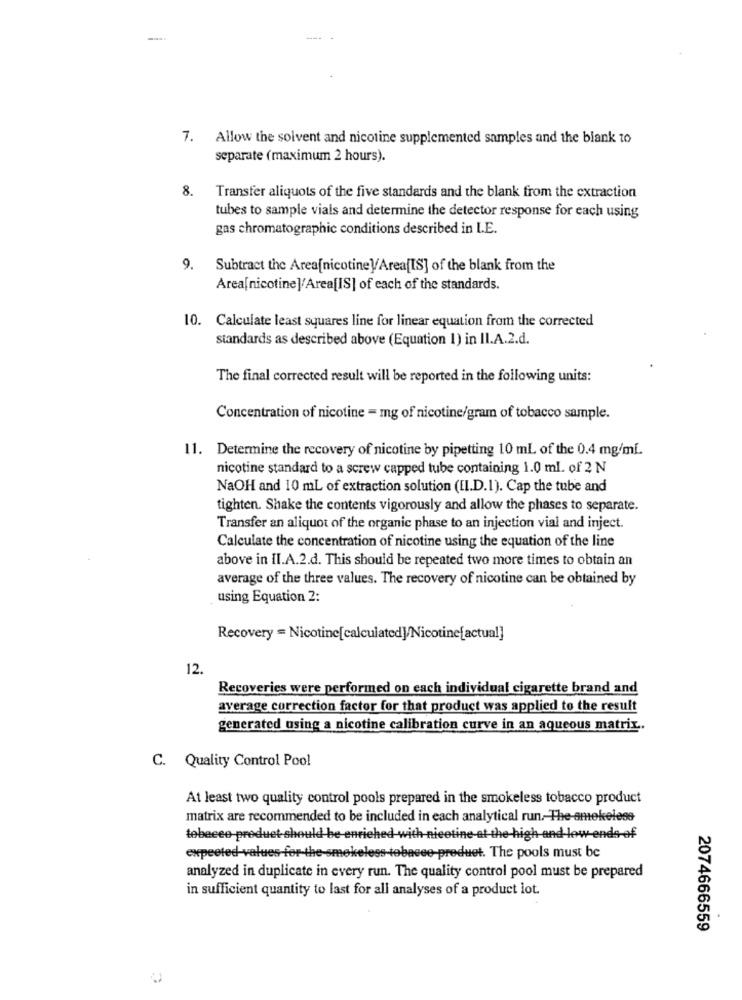
-
7. Allow the solvent and nicotine supplemented samples and the blank to
separate (maximum 2 hours).
8. Transfer aliquots of the five standards and the blank from the extraction
tubes to sample vials and determine the detector response for each using
gas chromatographic conditions described in I.E.
9.
Subtract the Area[nicotine]/Area[IS] of the blank from the
Area[nicotine]/Area[IS] of each of the standards.
10. Calculate least squares line for linear equation from the corrected
standards as described above (Equation 1) in II.A.2.d.
The final corrected result will be reported in the following units:
Concentration of nicotine = mg of nicotine/gram of tobacco sample.
11. Determine the recovery of nicotine by pipetting 10 ml of the 0.4 mg/ml.
nicotine standard to a screw capped tube containing 1.0 ml. of 2 N
NaOH and 10 mL of extraction solution (II.D.1). Cap the tube and
tighten. Shake the contents vigorously and allow the phases to separate.
Transfer an aliquot of the organic phase to an injection vial and inject.
Calculate the concentration of nicotine using the equation of the line
above in II.A.2.d. This should be repeated two more times to obtain an
average of the three values. The recovery of nicotine can be obtained by
using Equation 2:
Recovery = Nicotine[calculated]/Nicotine[actual]
12.
Recoveries were performed on each individual cigarette brand and
average correction factor for that product was applied to the result
generated using a nicotine calibration curve in an aqueous matrix ..
C. Quality Control Pool
At least two quality control pools prepared in the smokeless tobacco product
matrix are recommended to be included in each analytical run. The-amekelese
tobacco product should be-enriched with nicotine-at the high and low ends of
expected-values for-the-smokeless-tobacce-produet. The pools must be
analyzed in duplicate in every run. The quality control pool must be prepared
in sufficient quantity to last for all analyses of a product lot.
2074666559